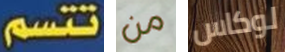
تتسم من لوكاس